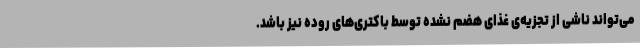
می‌تواند ناشی از تجزیه‌ی غذای هضم نشده توسط باکتری‌های روده نیز باشد.